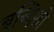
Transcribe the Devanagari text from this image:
बन्दिशो